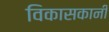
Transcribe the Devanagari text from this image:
विकासकानी